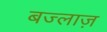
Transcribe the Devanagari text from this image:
बज्लाज़